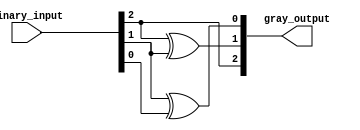
module gray_code_encoder #(parameter N = 3) (
    input  [N-1:0] binary_input,
    output [N-1:0] gray_output
);

// Combinational logic for binary to Gray code conversion
assign gray_output[N-1] = binary_input[N-1]; // Most significant bit remains the same
genvar i;
generate
    for (i = N-2; i >= 0; i = i - 1) begin : gray_conversion
        assign gray_output[i] = binary_input[i+1] ^ binary_input[i];
    end
endgenerate

endmodule